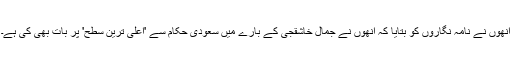
انھوں نے نامہ نگاروں کو بتایا کہ انھوں نے جمال خاشقجی کے بارے میں سعودی حکام سے 'اعلیٰ ترین سطح' پر بات بھی کی ہے۔